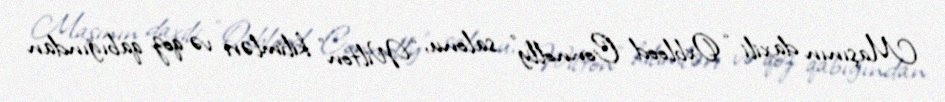
Maşının daxili “Oxblood Connolly” salonu, “Wilton” kilimləri və qoz qabığından